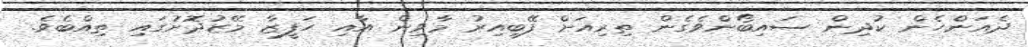
ދެއަންހެން ކުދިން ސައިބޯންވެގެން ތިރިއަށް ފޭބިއިރު މާވިން އާއި ހަފީޒާ މޭޒުދޮށުގައި ތިއްބެވެ.